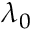
\lambda _ { 0 }